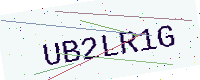
Text: UB2LR1G